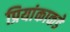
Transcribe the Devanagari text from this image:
प्रियांकाकडे